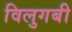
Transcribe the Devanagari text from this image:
विलुगबी